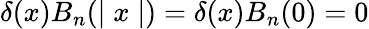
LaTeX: \delta(x)B_{n}(\mid x\mid)=\delta(x)B_{n}(0)=0